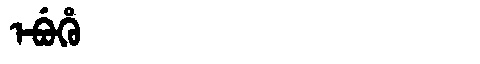
Manchu: ᡝᠪᡠᡥᡠ
Romanization: EBUHU